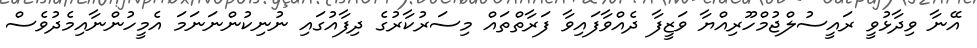
އޭނާ ވިދާޅުވީ ރައީސުލްޖުމްހޫރިއްޔާ ވަޒީފާ ދެއްވާފައިވާ ފަރާތްތައް މިސަރުކާރުގެ ދިފާއުގައި ނުނިކުންނަނަމަ އެމީހުންނާއިމެދުވެސް